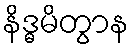
နိဒ္ဓမိတွာန